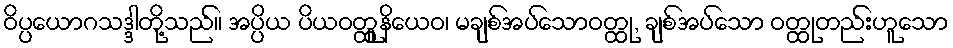
ဝိပ္ပယောဂသဒ္ဒါတို့သည်။ အပ္ပိယ ပိယဝတ္ထူနိယေဝ၊ မချစ်အပ်သောဝတ္ထု, ချစ်အပ်သော ဝတ္ထုတည်းဟူသော